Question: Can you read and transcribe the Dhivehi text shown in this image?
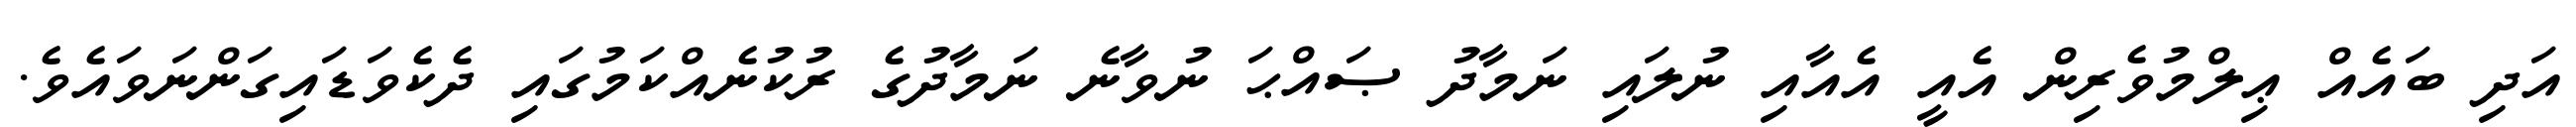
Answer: އަދި ބައެއް ޢިލްމުވެރިން އެއީ އެއާއި ނުލައި ނަމާދު ޞައްޙަ ނުވާނެ ނަމާދުގެ ރުކުނެއްކަމުގައި ދެކެވަޑައިގަންނަވައެވެ.